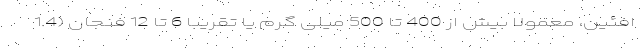
افئین، معمولا بیش از 400 تا 500 میلی گرم یا تقریبا 6 تا 12 فنجان (1.4